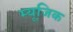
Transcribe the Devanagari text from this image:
म्यूजि़क